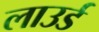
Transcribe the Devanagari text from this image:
लाउर्ड